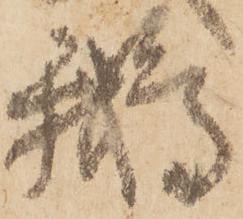
鵝